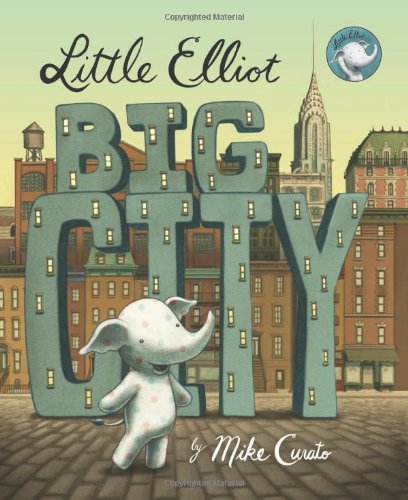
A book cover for Little Elliot, Big City; Mike Curato; Children's Books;